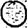
Digit: 0